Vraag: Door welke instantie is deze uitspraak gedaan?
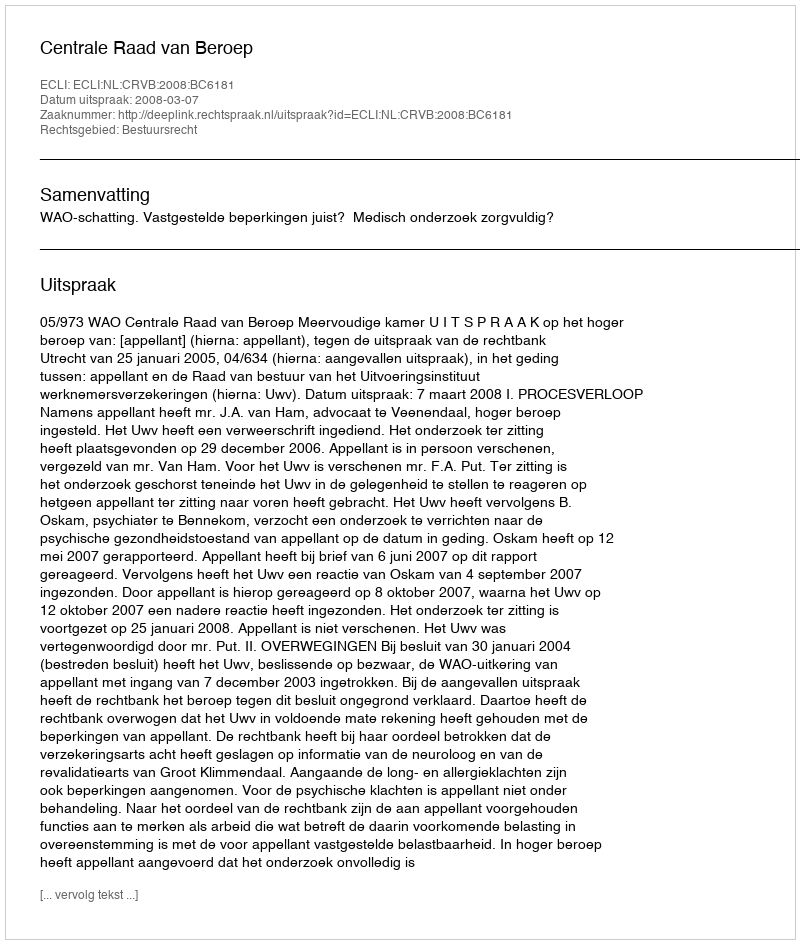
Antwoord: Centrale Raad van Beroep